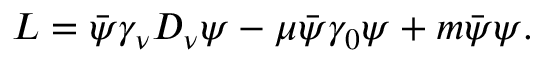
{ \cal L } = \bar { \psi } \gamma _ { \nu } D _ { \nu } \psi - \mu \bar { \psi } \gamma _ { 0 } \psi + m \bar { \psi } \psi .